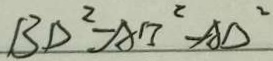
B D ^ { 2 } - A B ^ { 2 } - A D ^ { 2 }